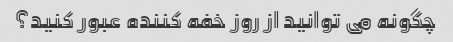
چگونه می توانید از روز خفه کننده عبور کنید؟